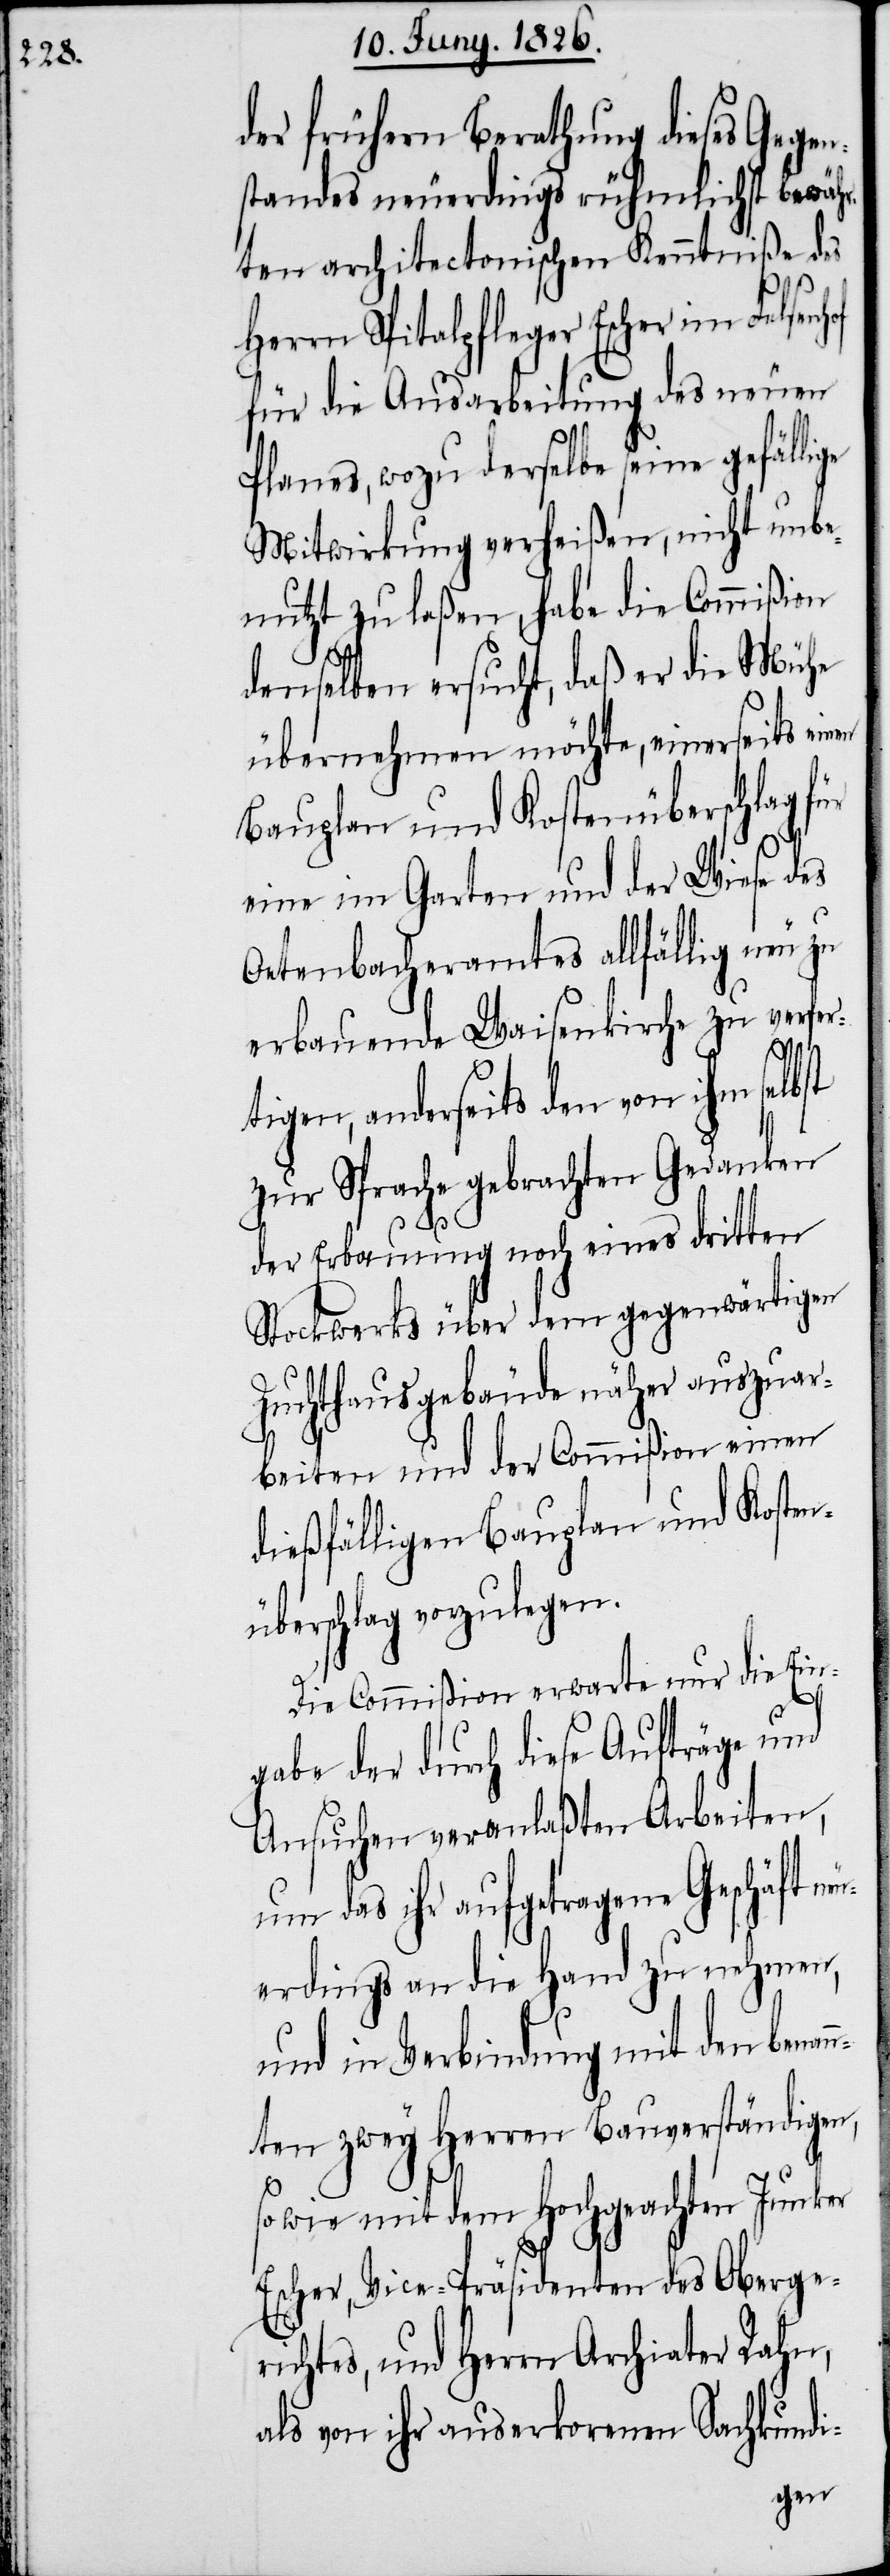
der frühern Berathung dieses Gegen¬
standes neuerdings rühmlichst bewähr¬
ten architectonischen Kenntniße des
Herrn Spitalpfleger Escher im
für die Ausarbeitung des neuen
Planes, wozu derselbe seine gefälli¬
Mitwirkung verheißen, nicht unbe¬
nutzt zu laßen, habe die Commißion
denselben ersucht, daß er die Mühe
übernehmen möchte, einerseits ein¬
Bauplan und Kostenüberschlag für
eine im Garten und der Wiese des
Oetenbacheramtes allfällig neu zu
erbauende Waisenkirche zu verfer¬
en
tigen, anderseits den von ihm selbst
zur Sprache gebrachten Gedanken
der Erbauung noch eines dritten
Stockwerks über dem gegenwärtigen
Zuchthausgebäude näher auszuar¬
ge
beiten und der Commißion einen
dießfälligen Bauplan und Kosten¬
überschlag vorzulegen.
Die Commißion erwarte nur die Ein¬
gabe der durch diese Aufträge und
Ansuchen veranlaßten Arbeiten,
um das ihr aufgetragene Geschäft n¬
euerdings an die Hand zu nehmen,
und in Verbindung mit den benan¬
nten zwey Herrn Bauverständigen,
sowie mit dem Hochgeachten Junker
Escher, Vice-Präsidenten des Oberge¬
richtes, und Herrn Archiater Rahn,
als von ihr auserkorenen Sachkundi-